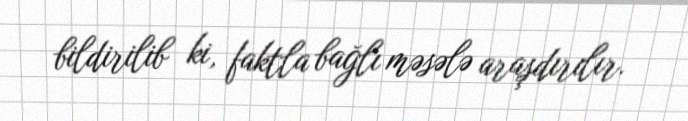
bildirilib ki, faktla bağlı məsələ araşdırılır.